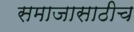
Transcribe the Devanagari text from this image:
समाजासाठीच